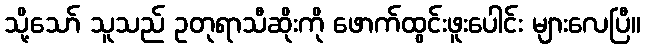
သို့သော် သူသည် ဥတုရာသီဆိုးကို ဖောက်ထွင်းဖူးပေါင်း များလေပြီ။